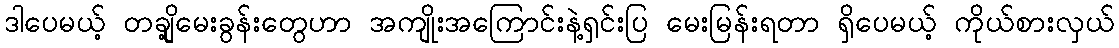
ဒါပေမယ့် တချို့မေးခွန်းတွေဟာ အကျိုးအကြောင်းနဲ့ရှင်းပြ မေးမြန်းရတာ ရှိပေမယ့် ကိုယ်စားလှယ်